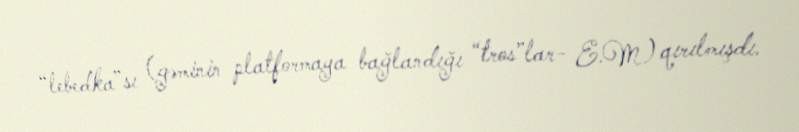
“lebedka”sı (gəminin platformaya bağlandığı “tros”lar- E.M) qırılmışdı.